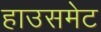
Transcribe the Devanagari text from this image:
हाउसमेट